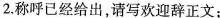
2.称呼已经给出，请写欢迎辞正文；